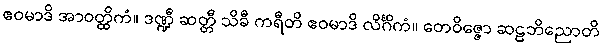
ဧဝမာဒိ အာဝတ္ထိကံ။ ဒဏ္ဍီ ဆတ္တီ သိခီ ကရီတိ ဧဝမာဒိ လိင်္ဂိကံ။ တေဝိဇ္ဇော ဆဠဘိညောတိ